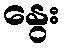
နွေး